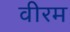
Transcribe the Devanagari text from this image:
वीरम